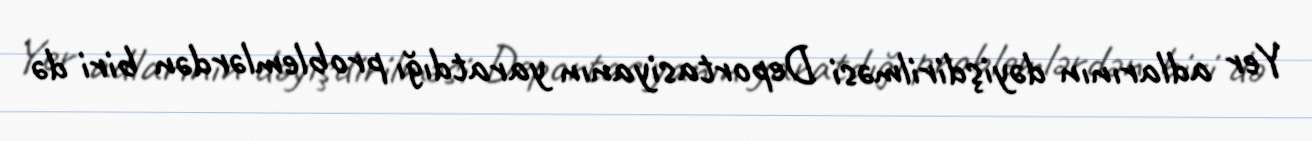
Yer adlarının dəyişdirilməsi Deportasiyanın yaratdığı problemlərdən biri də